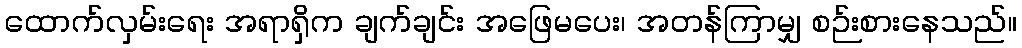
ထောက်လှမ်းရေး အရာရှိက ချက်ချင်း အဖြေမပေး၊ အတန်ကြာမျှ စဉ်းစားနေသည်။